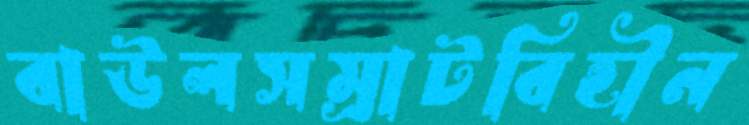
বাউলসম্রাটবিহীন